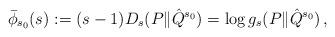
LaTeX: \begin{align*} \bar{\phi}_{s_0}(s) := (s-1) D_{s}(P\|\hat{Q}^{s_0}) = \log g_s(P\|\hat{Q}^{s_0}) \,,\end{align*}